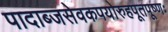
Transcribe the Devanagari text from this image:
पादाब्जसेवकपयोरुहपूतपूष्णः